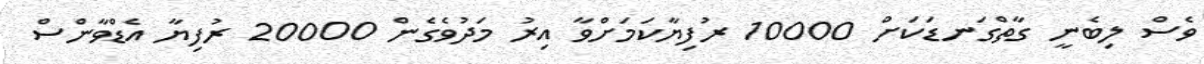
ވެސް ލިބެނީ ގާތްގަނޑަކަށް 10000 ރުފިޔާކަމަށްވާ އިރު މަދުވެގެން 20000 ރުފިޔާ އެޑްވާންސް